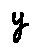
y